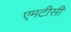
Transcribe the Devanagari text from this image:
एमटीसी